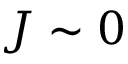
J \sim 0